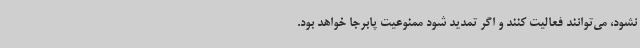
نشود، می‌توانند فعالیت کنند و اگر تمدید شود ممنوعیت پابرجا خواهد بود.